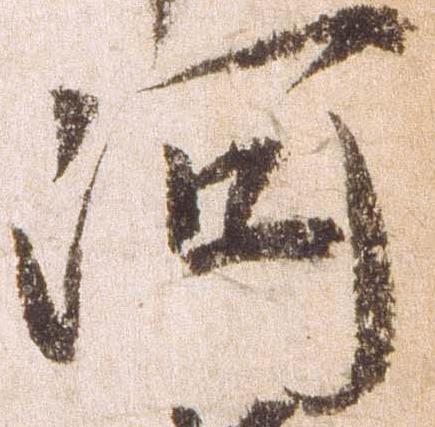
河